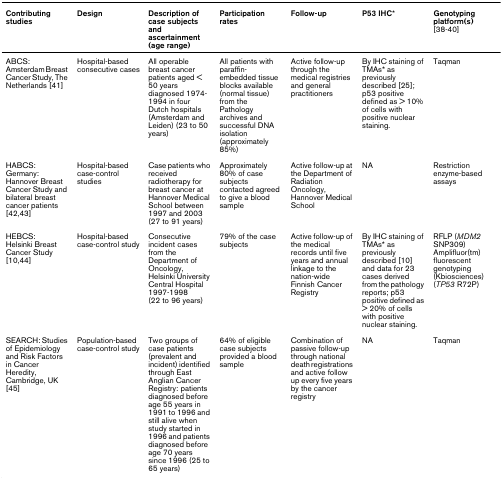
| Contributing studies | Design | Description of case subjects and ascertainment(age range) | Participation rates | Follow-up | P53 IHC* | Genotyping platform(s) [38-40] |
 | --- | --- | --- | --- | --- | --- | --- |
 | ABCS: Amsterdam Breast Cancer Study, The Netherlands [41] | Hospital-based consecutive cases | All operable breast cancer patients aged < 50 years diagnosed 1974-1994 in four Dutch hospitals (Amsterdam and Leiden) (23 to 50 years) | All patients with paraffin-embedded tissue blocks available (normal tissue) from the Pathology archives and successful DNA isolation (approximately 85%) | Active follow-up through the medical registries and general practitioners | By IHC staining of TMAs* as previously described [25]; p53 positive defined as > 10% of cells with positive nuclear staining. | Taqman |
 | HABCS: Germany:Hannover Breast Cancer Study and bilateral breast cancer patients [42,43] | Hospital-based case-control studies | Case patients who received radiotherapy for breast cancer at Hannover Medical School between 1997 and 2003 (27 to 91 years) | Approximately 80% of case subjects contacted agreed to give a blood sample | Active follow-up at the Department of Radiation Oncology, Hannover Medical School | NA | Restriction enzyme-based assays |
 | HEBCS:Helsinki Breast Cancer Study [10,44] | Hospital-based case-control study | Consecutive incident cases from the Department of Oncology, Helsinki University Central Hospital 1997-1998(22 to 96 years) | 79% of the case subjects | Active follow-up of the medical records until five years and annual linkage to the nation-wide Finnish Cancer Registry | By IHC staining of TMAs* as previously described [10] and data for 23 cases derived from the pathology reports; p53 positive defined as > 20% of cells with positive nuclear staining. | RFLP (MDM2 SNP309)Amplifluor(tm) fluorescent genotyping (Kbiosciences) (TP53 R72P) |
 | SEARCH: Studies of Epidemiology and Risk Factors in Cancer Heredity, Cambridge, UK [45] | Population-based case-control study | Two groups of case patients (prevalent and incident) identified through East Anglian Cancer Registry: patients diagnosed before age 55 years in 1991 to 1996 and still alive when study started in 1996 and patients diagnosed before age 70 years since 1996 (25 to 65 years) | 64% of eligible case subjects provided a blood sample | Combination of passive follow-up through national death registrations and active follow up every five years by the cancer registry | NA | Taqman |